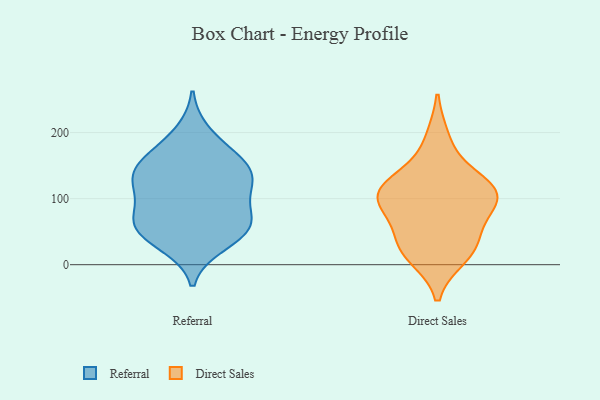
{"axis": {"x": "Demand Index", "y": "Value"}, "legend": ["Direct Sales", "Referral"], "data": [{"x": "", "y": 132, "type": "Referral"}, {"x": "", "y": 64, "type": "Referral"}, {"x": "", "y": 65, "type": "Referral"}, {"x": "", "y": 137, "type": "Referral"}, {"x": "", "y": 63, "type": "Referral"}, {"x": "", "y": 74, "type": "Referral"}, {"x": "", "y": 163, "type": "Referral"}, {"x": "", "y": 114, "type": "Referral"}, {"x": "", "y": 54, "type": "Referral"}, {"x": "", "y": 30, "type": "Referral"}, {"x": "", "y": 38, "type": "Referral"}, {"x": "", "y": 200, "type": "Referral"}, {"x": "", "y": 123, "type": "Referral"}, {"x": "", "y": 162, "type": "Referral"}, {"x": "", "y": 154, "type": "Referral"}, {"x": "", "y": 112, "type": "Referral"}, {"x": "", "y": 112, "type": "Direct Sales"}, {"x": "", "y": 97, "type": "Direct Sales"}, {"x": "", "y": 106, "type": "Direct Sales"}, {"x": "", "y": 21, "type": "Direct Sales"}, {"x": "", "y": 36, "type": "Direct Sales"}, {"x": "", "y": 92, "type": "Direct Sales"}, {"x": "", "y": 119, "type": "Direct Sales"}, {"x": "", "y": 13, "type": "Direct Sales"}, {"x": "", "y": 190, "type": "Direct Sales"}, {"x": "", "y": 38, "type": "Direct Sales"}, {"x": "", "y": 134, "type": "Direct Sales"}, {"x": "", "y": 90, "type": "Direct Sales"}]}